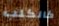
كالكلب